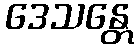
ဒေသန္တေ